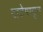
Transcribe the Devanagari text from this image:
वाटेपासून